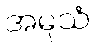
အမူသံ